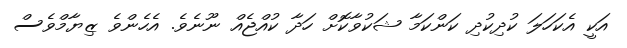
އަކީ އެކަހަލަ ކުދިކުދި ކަންކަމާ ޝަކުވާކޮށް ހަދާ ކުއްޖެއް ނޫނެވެ. އެހެންވެ ޒިޔާމްވެސް